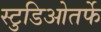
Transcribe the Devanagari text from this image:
स्टुडिओतर्फे